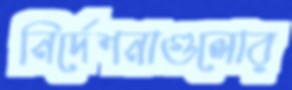
নির্দেশনাগুলোর